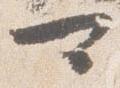
可